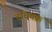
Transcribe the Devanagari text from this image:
दधितक्रं